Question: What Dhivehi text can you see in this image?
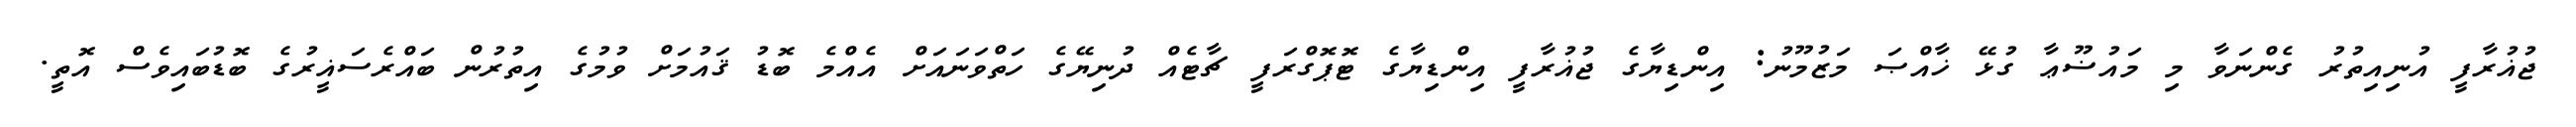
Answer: ޖުޣުރާފީ އުނިއިތުރު ގެންނަވާ މި މައުޟޫޢާ ގުޅޭ ޚާއްޞަ މަޒުމޫނު: އިންޑިޔާގެ ޖުޣުރާފީ އިންޑިޔާގެ ޓޮޕޮގްރަފީ ޗާޓެއް ދުނިޔޭގެ ހަތްވަނައަށް އެއްމެ ބޮޑު ޤައުމަށް ވުމުގެ އިތުރުން ބައްރެސަޣީރުގެ ބޮޑުބައިވެސް އޮތީ.